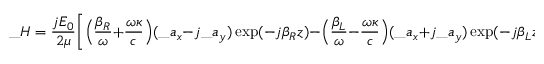
\_ H = { \frac { j E _ { 0 } } { 2 \mu } } \Bigg [ \Big ( { \frac { \beta _ { \/ R } } { \omega } } + { \frac { \omega \kappa } { c } } \Big ) ( \_ a _ { x } - j \_ a _ { y } ) \exp ( - j \beta _ { \/ R } z ) - \Big ( { \frac { \beta _ { \/ L } } { \omega } } - { \frac { \omega \kappa } { c } } \Big ) ( \_ a _ { x } + j \_ a _ { y } ) \exp ( - j \beta _ { \/ L } z ) \Bigg ] \exp ( j \omega t ) .